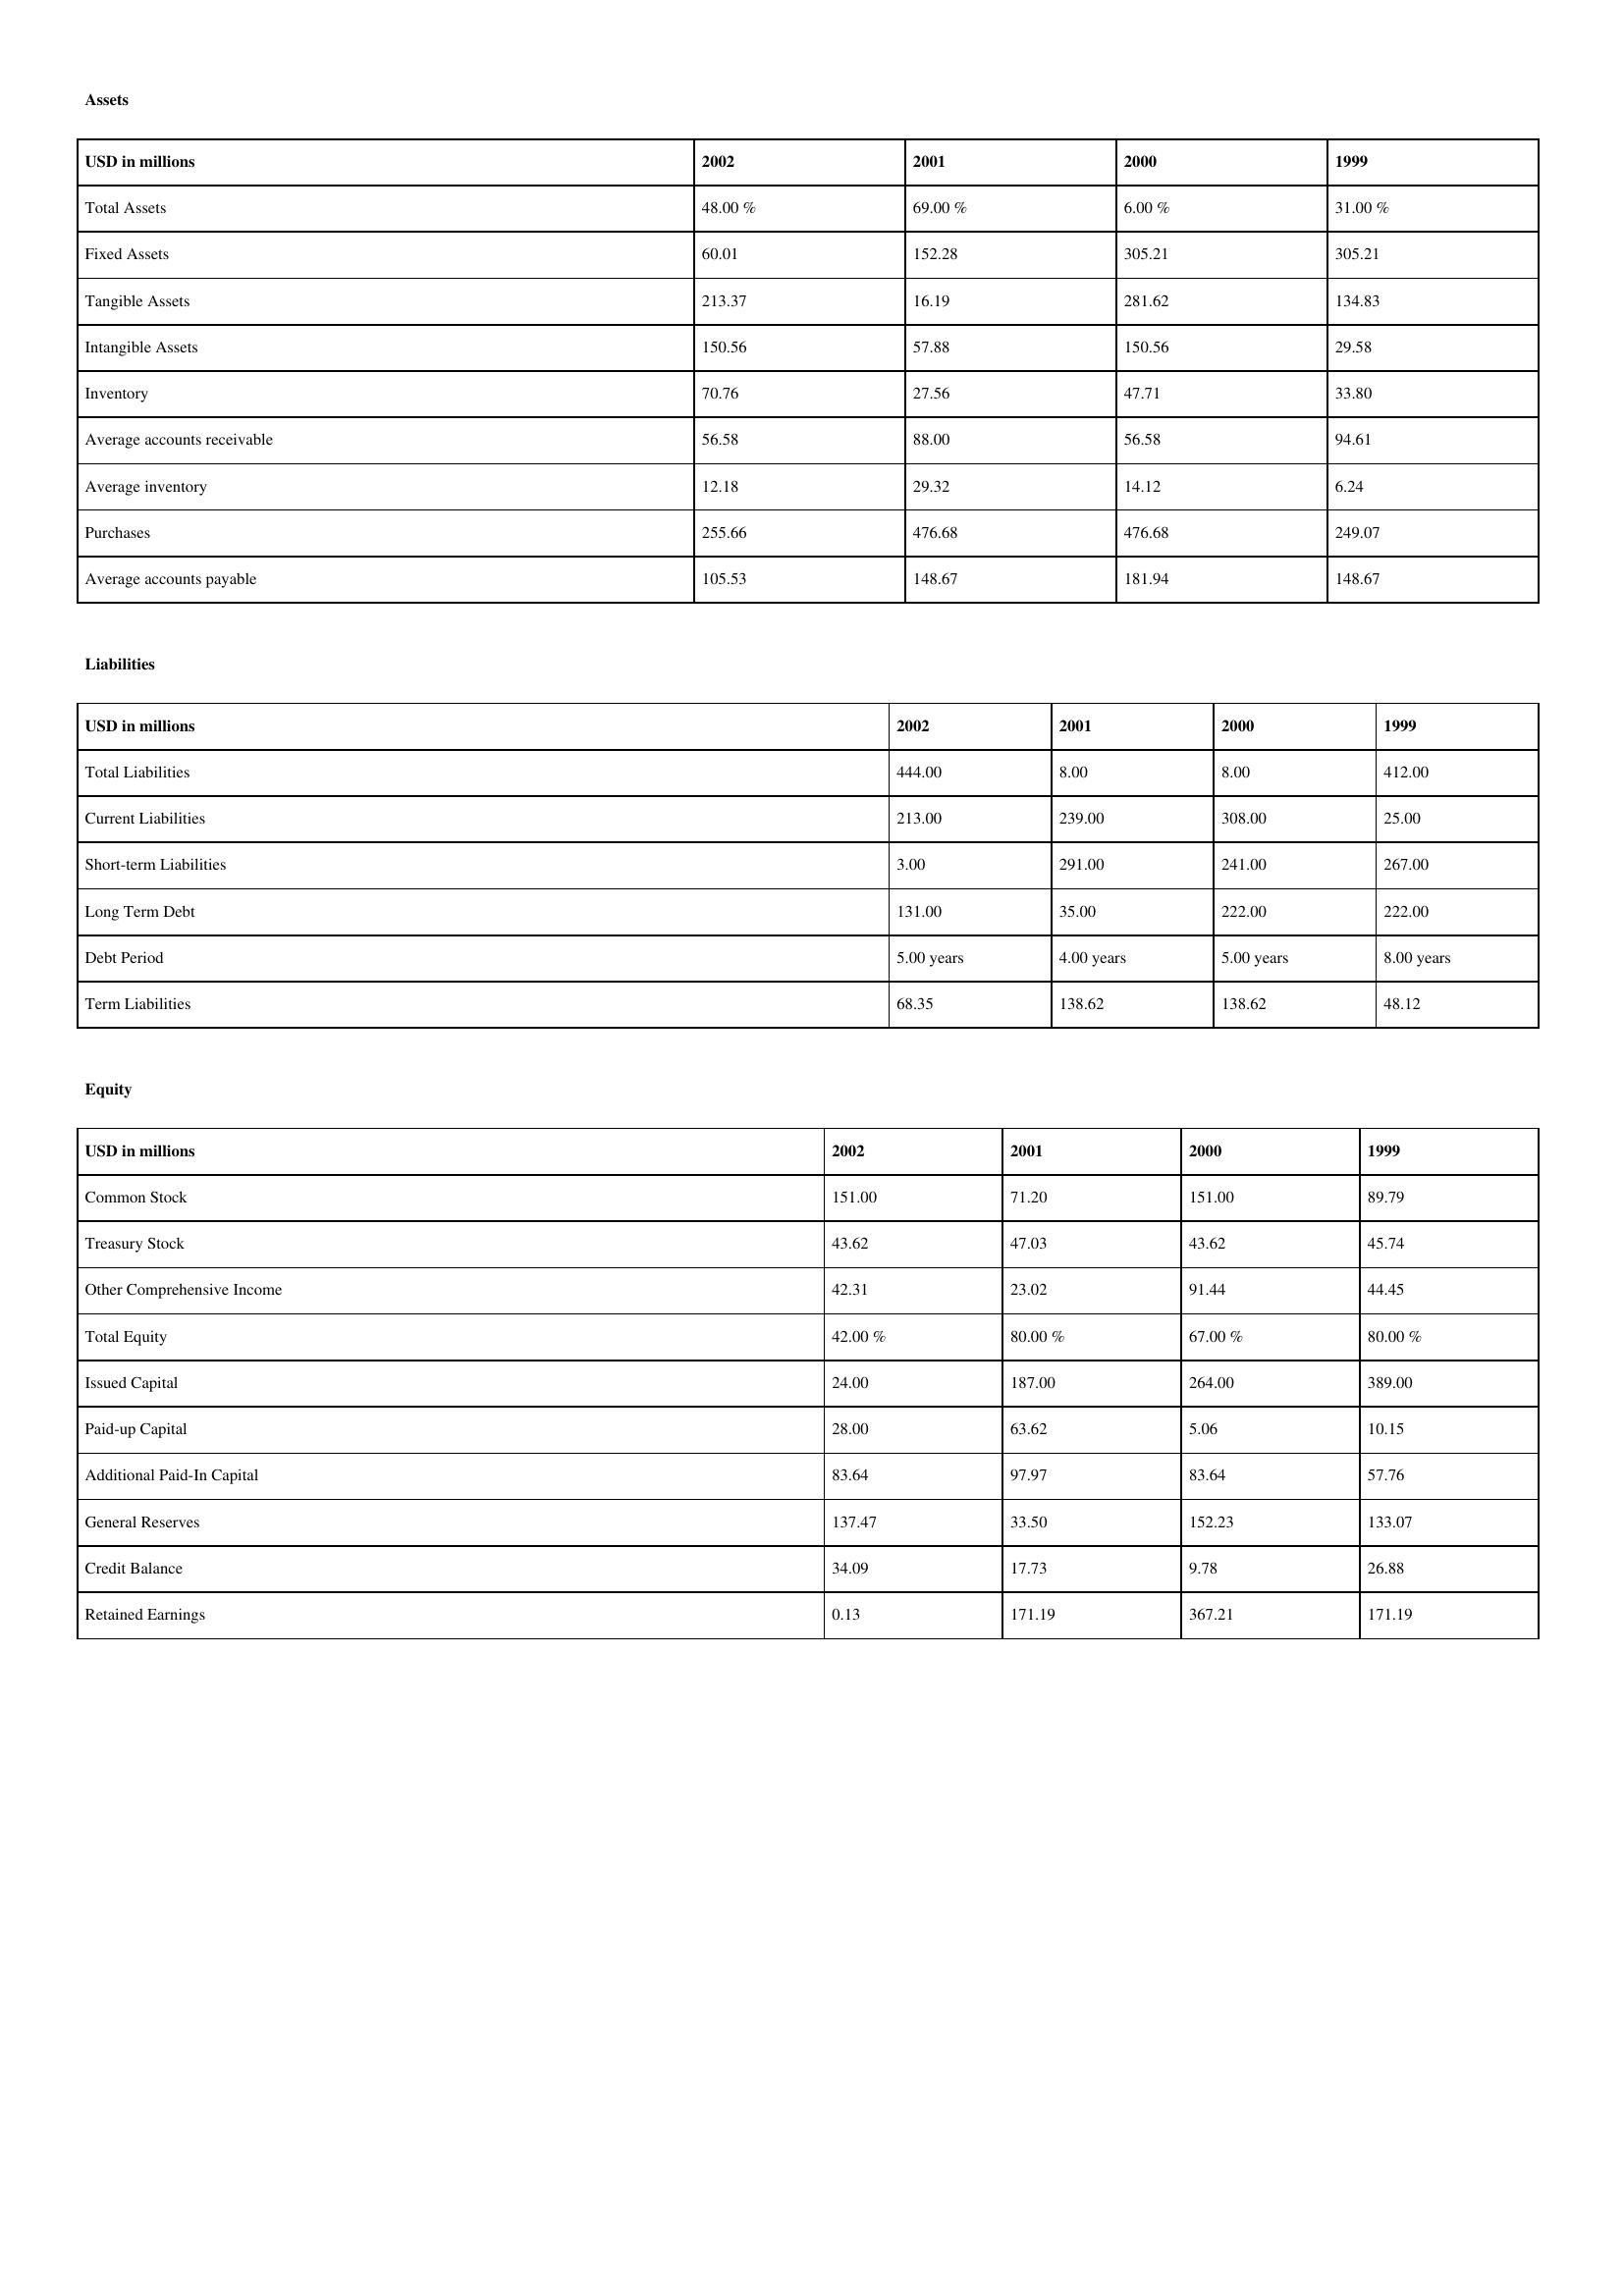
gt_parse: 2002: Assets: Total Assets: 48.00 %
Fixed Assets: 60.01
Tangible Assets: 213.37
Intangible Assets: 150.56
Inventory: 70.76
Average accounts receivable: 56.58
Average inventory: 12.18
Purchases: 255.66
Average accounts payable: 105.53
Liabilities: Total Liabilities: 444.00
Current Liabilities: 213.00
Short-term Liabilities: 3.00
Long Term Debt: 131.00
Debt Period: 5.00 years
Term Liabilities: 68.35
Equity: Common Stock: 151.00
Treasury Stock: 43.62
Other Comprehensive Income: 42.31
Total Equity: 42.00 %
Issued Capital: 24.00
Paid-up Capital: 28.00
Additional Paid-In Capital: 83.64
General Reserves: 137.47
Credit Balance: 34.09
Retained Earnings: 0.13
2001: Assets: Total Assets: 69.00 %
Fixed Assets: 152.28
Tangible Assets: 16.19
Intangible Assets: 57.88
Inventory: 27.56
Average accounts receivable: 88.00
Average inventory: 29.32
Purchases: 476.68
Average accounts payable: 148.67
Liabilities: Total Liabilities: 8.00
Current Liabilities: 239.00
Short-term Liabilities: 291.00
Long Term Debt: 35.00
Debt Period: 4.00 years
Term Liabilities: 138.62
Equity: Common Stock: 71.20
Treasury Stock: 47.03
Other Comprehensive Income: 23.02
Total Equity: 80.00 %
Issued Capital: 187.00
Paid-up Capital: 63.62
Additional Paid-In Capital: 97.97
General Reserves: 33.50
Credit Balance: 17.73
Retained Earnings: 171.19
2000: Assets: Total Assets: 6.00 %
Fixed Assets: 305.21
Tangible Assets: 281.62
Intangible Assets: 150.56
Inventory: 47.71
Average accounts receivable: 56.58
Average inventory: 14.12
Purchases: 476.68
Average accounts payable: 181.94
Liabilities: Total Liabilities: 8.00
Current Liabilities: 308.00
Short-term Liabilities: 241.00
Long Term Debt: 222.00
Debt Period: 5.00 years
Term Liabilities: 138.62
Equity: Common Stock: 151.00
Treasury Stock: 43.62
Other Comprehensive Income: 91.44
Total Equity: 67.00 %
Issued Capital: 264.00
Paid-up Capital: 5.06
Additional Paid-In Capital: 83.64
General Reserves: 152.23
Credit Balance: 9.78
Retained Earnings: 367.21
1999: Assets: Total Assets: 31.00 %
Fixed Assets: 305.21
Tangible Assets: 134.83
Intangible Assets: 29.58
Inventory: 33.80
Average accounts receivable: 94.61
Average inventory: 6.24
Purchases: 249.07
Average accounts payable: 148.67
Liabilities: Total Liabilities: 412.00
Current Liabilities: 25.00
Short-term Liabilities: 267.00
Long Term Debt: 222.00
Debt Period: 8.00 years
Term Liabilities: 48.12
Equity: Common Stock: 89.79
Treasury Stock: 45.74
Other Comprehensive Income: 44.45
Total Equity: 80.00 %
Issued Capital: 389.00
Paid-up Capital: 10.15
Additional Paid-In Capital: 57.76
General Reserves: 133.07
Credit Balance: 26.88
Retained Earnings: 171.19